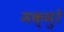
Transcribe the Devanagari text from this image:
मक्मुरे